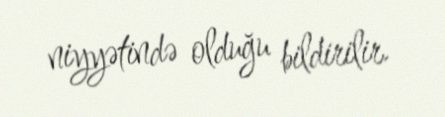
niyyətində olduğu bildirilir.